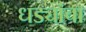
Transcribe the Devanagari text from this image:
धड्यांचा